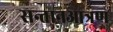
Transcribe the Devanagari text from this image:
सन्तानआत्रण